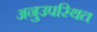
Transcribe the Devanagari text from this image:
अनुउपस्थित